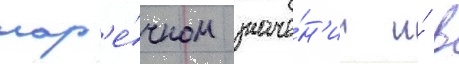
нар'е́чном значе́н'ии и́ в